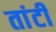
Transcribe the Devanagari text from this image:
तांटी